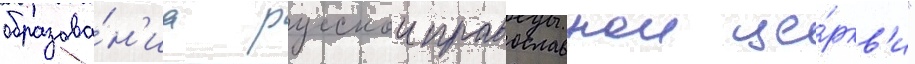
образова́н'иа русскои православнои це́ркв'и"